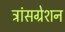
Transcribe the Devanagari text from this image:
ट्रांसग्रेशन